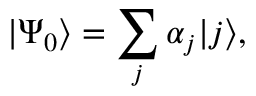
| \Psi _ { 0 } \rangle = \sum _ { j } \alpha _ { j } | j \rangle ,